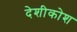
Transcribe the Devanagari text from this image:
देशीकोश